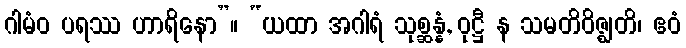
ဂါမံဝ ပရဿ ဟာရိနော”။ “ယထာ အဂါရံ သုစ္ဆန္နံ, ဝုဋ္ဌီ န သမတိဝိဇ္ဈတိ၊ ဧဝံ